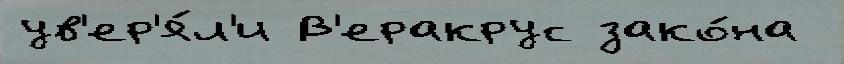
ув'ер'я́л'и В'еракрус зако́на